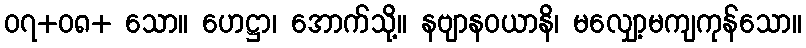
၀၇+၀၈+ သော။ ဟေဋ္ဌာ၊ အောက်သို့။ နဗျာနဝယာနိ၊ မလျှော့မကျကုန်သော။